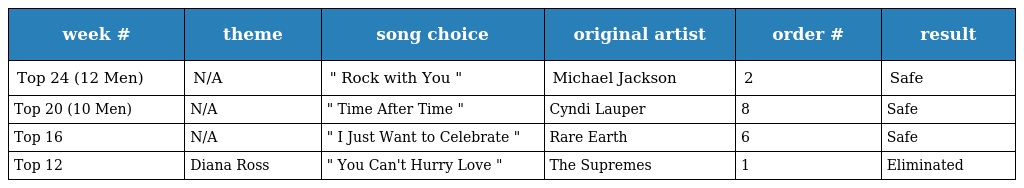
| week # | theme | song choice | original artist | order # | result |
 | --- | --- | --- | --- | --- | --- |
 | Top 24 (12 Men) | N/A | " Rock with You " | Michael Jackson | 2 | Safe |
 | Top 20 (10 Men) | N/A | " Time After Time " | Cyndi Lauper | 8 | Safe |
 | Top 16 | N/A | " I Just Want to Celebrate " | Rare Earth | 6 | Safe |
 | Top 12 | Diana Ross | " You Can't Hurry Love " | The Supremes | 1 | Eliminated |